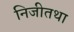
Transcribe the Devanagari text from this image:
निजीतथा